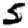
Digit: 5